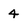
Character: 4